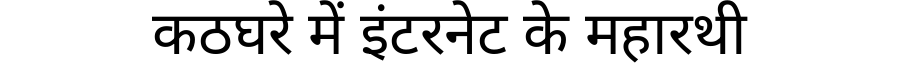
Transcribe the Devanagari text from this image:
कठघरे में इंटरनेट के महारथी